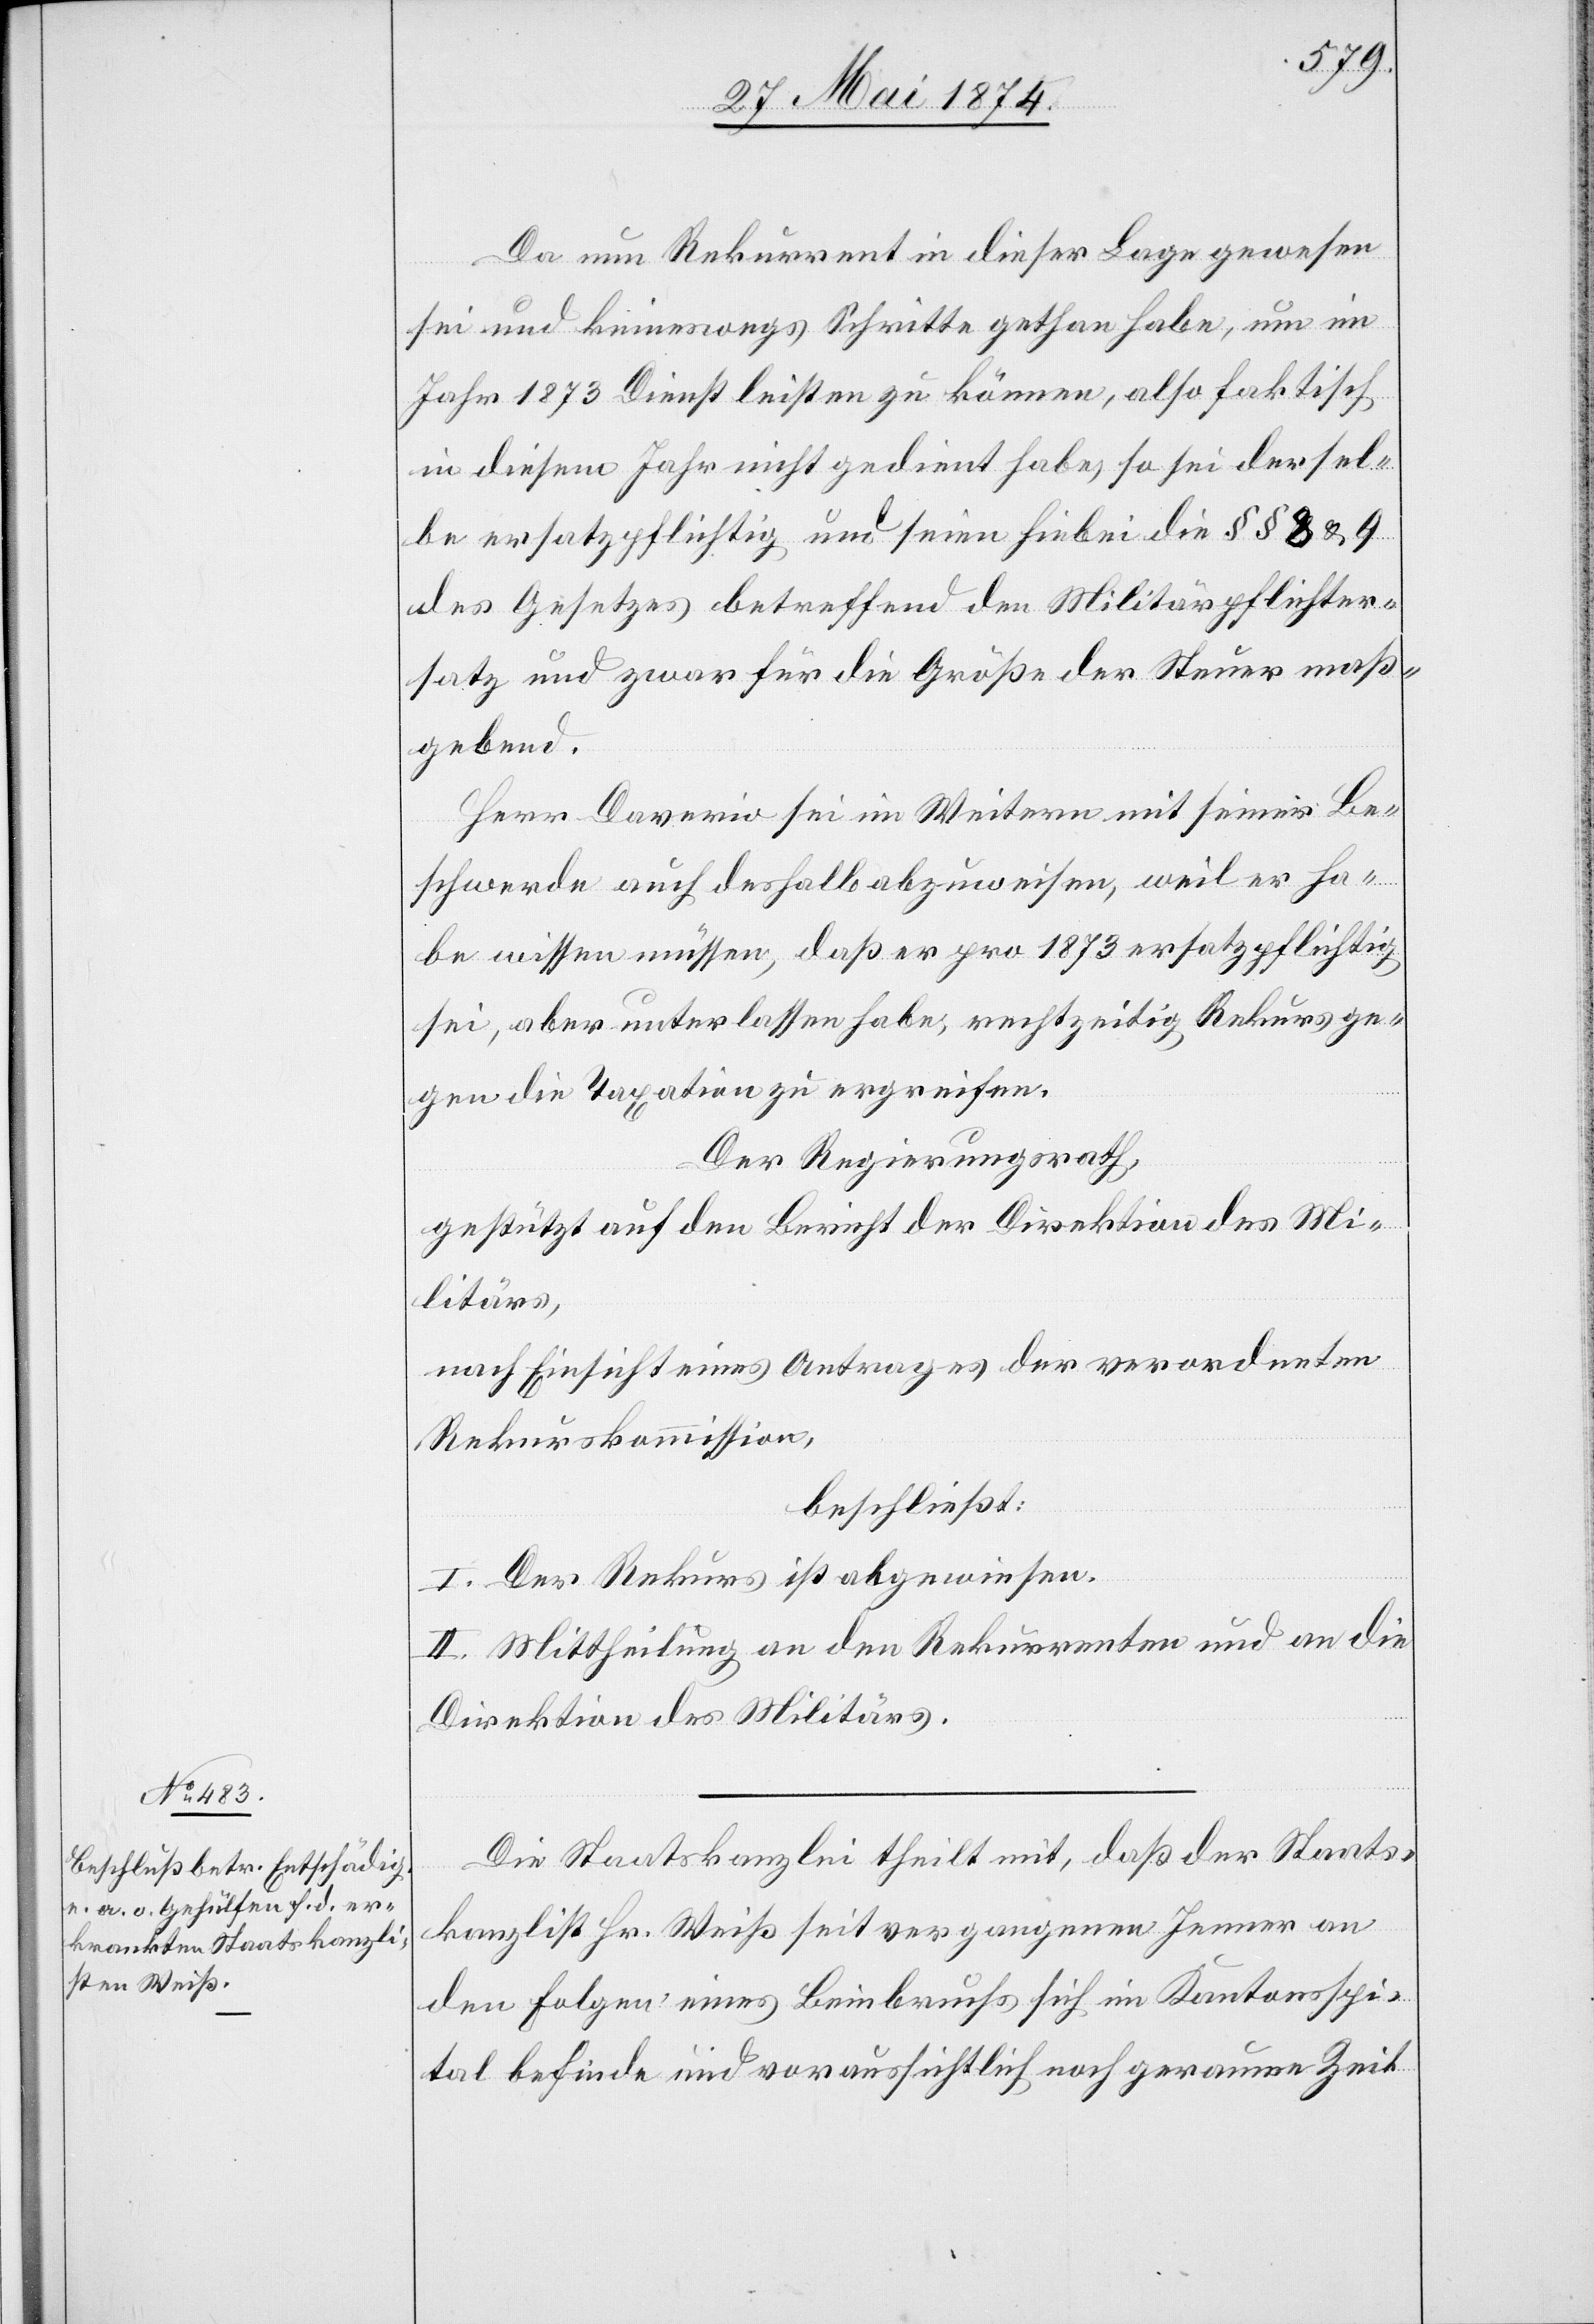
Da nun Rekurrent in dieser Lage gewesen
sei und keineswegs Schritt gethan habe, um im
Jahr 1873 Dienst leisten zu können, also faktisch
in diesem Jahr nicht gedient habe, so sei dersel¬
be ersatzpflichtig und seien hiebei die §§ 8 u. 9
des Gesetzes betreffend den Militärpflichter¬
satz und zwar für die Größe der Steuer maß¬
gebend.
Herr Daverio sei im Weitern mit seiner Be¬
schwerde auch deshalb abzuweisen, weil er ha¬
be wissen müssen, daß er pro 1873 ersatzpflichtig
sei, aber unterlassen habe, rechtzeitig Rekurs ge¬
gen die Taxation zu ergreifen.
Der Regierungsrath,
gestützt auf den Bericht der Direktion des Mi¬
litärs,
nach Einsicht eines Antrages der verordneten
Rekurskommission,
beschließt:
I. Der Rekurs ist abgewiesen.
II. Mittheilung an den Rekurrenten und an die
Direktion des Militärs.
Die Staatskanzlei theilt mit, daß der Staats¬
kanzlist Hr. Weiß seit vergangenem Jenner an
den Folgen eines Beinbruchs sich im Kantonsspi¬
tal befinde und voraussichtlich noch geraume Zeit